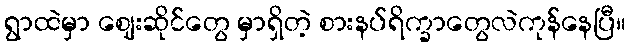
ရွာထဲမှာ ဈေးဆိုင်တွေ မှာရှိတဲ့ စားနပ်ရိက္ခာတွေလဲကုန်နေပြီ။